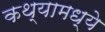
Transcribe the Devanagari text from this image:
कथ्यामध्ये